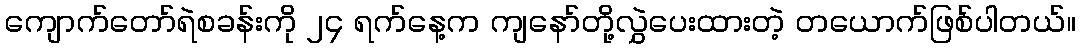
ကျောက်တော်ရဲစခန်းကို ၂၄ ရက်နေ့က ကျနော်တို့လွှဲပေးထားတဲ့ တယောက်ဖြစ်ပါတယ်။